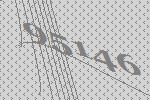
95146